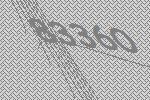
83360